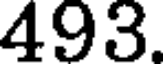
493.